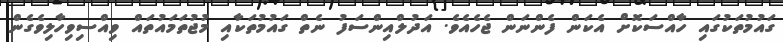
ގައުމުތަކުގައި ހާއްސަކޮށް އެކަން ފެންނަން ޖެހެއެވެ. އަދުލްއިންސަފު ނެތް ގައުމުތަކާއި މުޖުތަމައުތައް ވިއްސިވިހާލިވެގެން